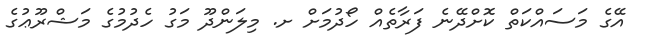
އޭގެ މަސައްކަތް ކޮށްދޭނެ ފަރާތެއް ހޯދުމަށް ށ. މިލަންދޫ މަގު ހެދުމުގެ މަޝްރޫޢުގެ